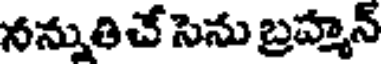
నన్నుతిచే సెను బ్రహ్మన్